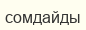
сомдайды